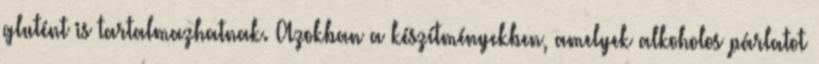
glutént is tartalmazhatnak. Azokban a készítményekben, amelyek alkoholos párlatot